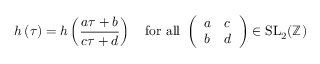
h \left( \tau \right) = h \left( { \frac { a \tau + b } { c \tau + d } } \right) \quad { \mathrm { f o r ~ a l l ~ } } \left( { \begin{array} { l l } { a } & { c } \\ { b } & { d } \end{array} } \right) \in { \mathrm { S L } } _ { 2 } ( \mathbb { Z } )